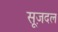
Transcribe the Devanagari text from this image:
सूज़दल